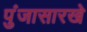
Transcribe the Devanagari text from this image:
पुंजासारखे